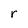
Character: r